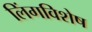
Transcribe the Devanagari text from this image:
लिंगविशेष